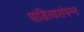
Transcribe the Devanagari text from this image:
पांडित्यसंपन्न